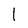
Character: l